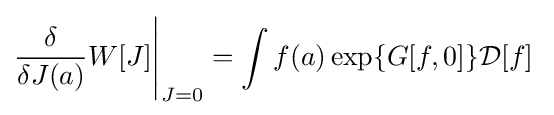
{\dfrac {\delta }{\delta J(a)}}W[J]{\Bigg |}_{J=0}=\int f(a)\exp \lbrace G[f,0]\rbrace {\mathcal {D}}[f]\;